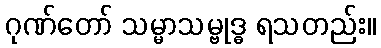
ဂုဏ်တော် သမ္မာသမ္ဗုဒ္ဓ ရသတည်း။